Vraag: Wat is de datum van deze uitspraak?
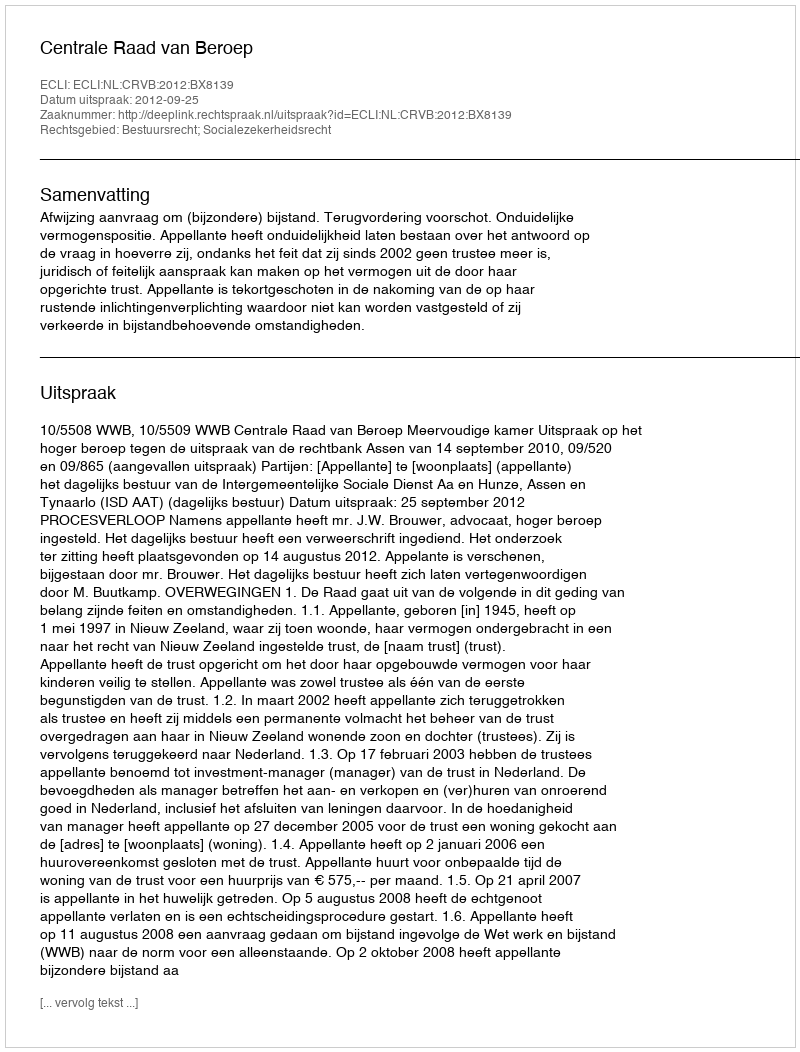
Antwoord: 2012-09-25